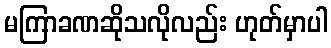
မကြာခဏဆိုသလိုလည်း ဟုတ်မှာပါ